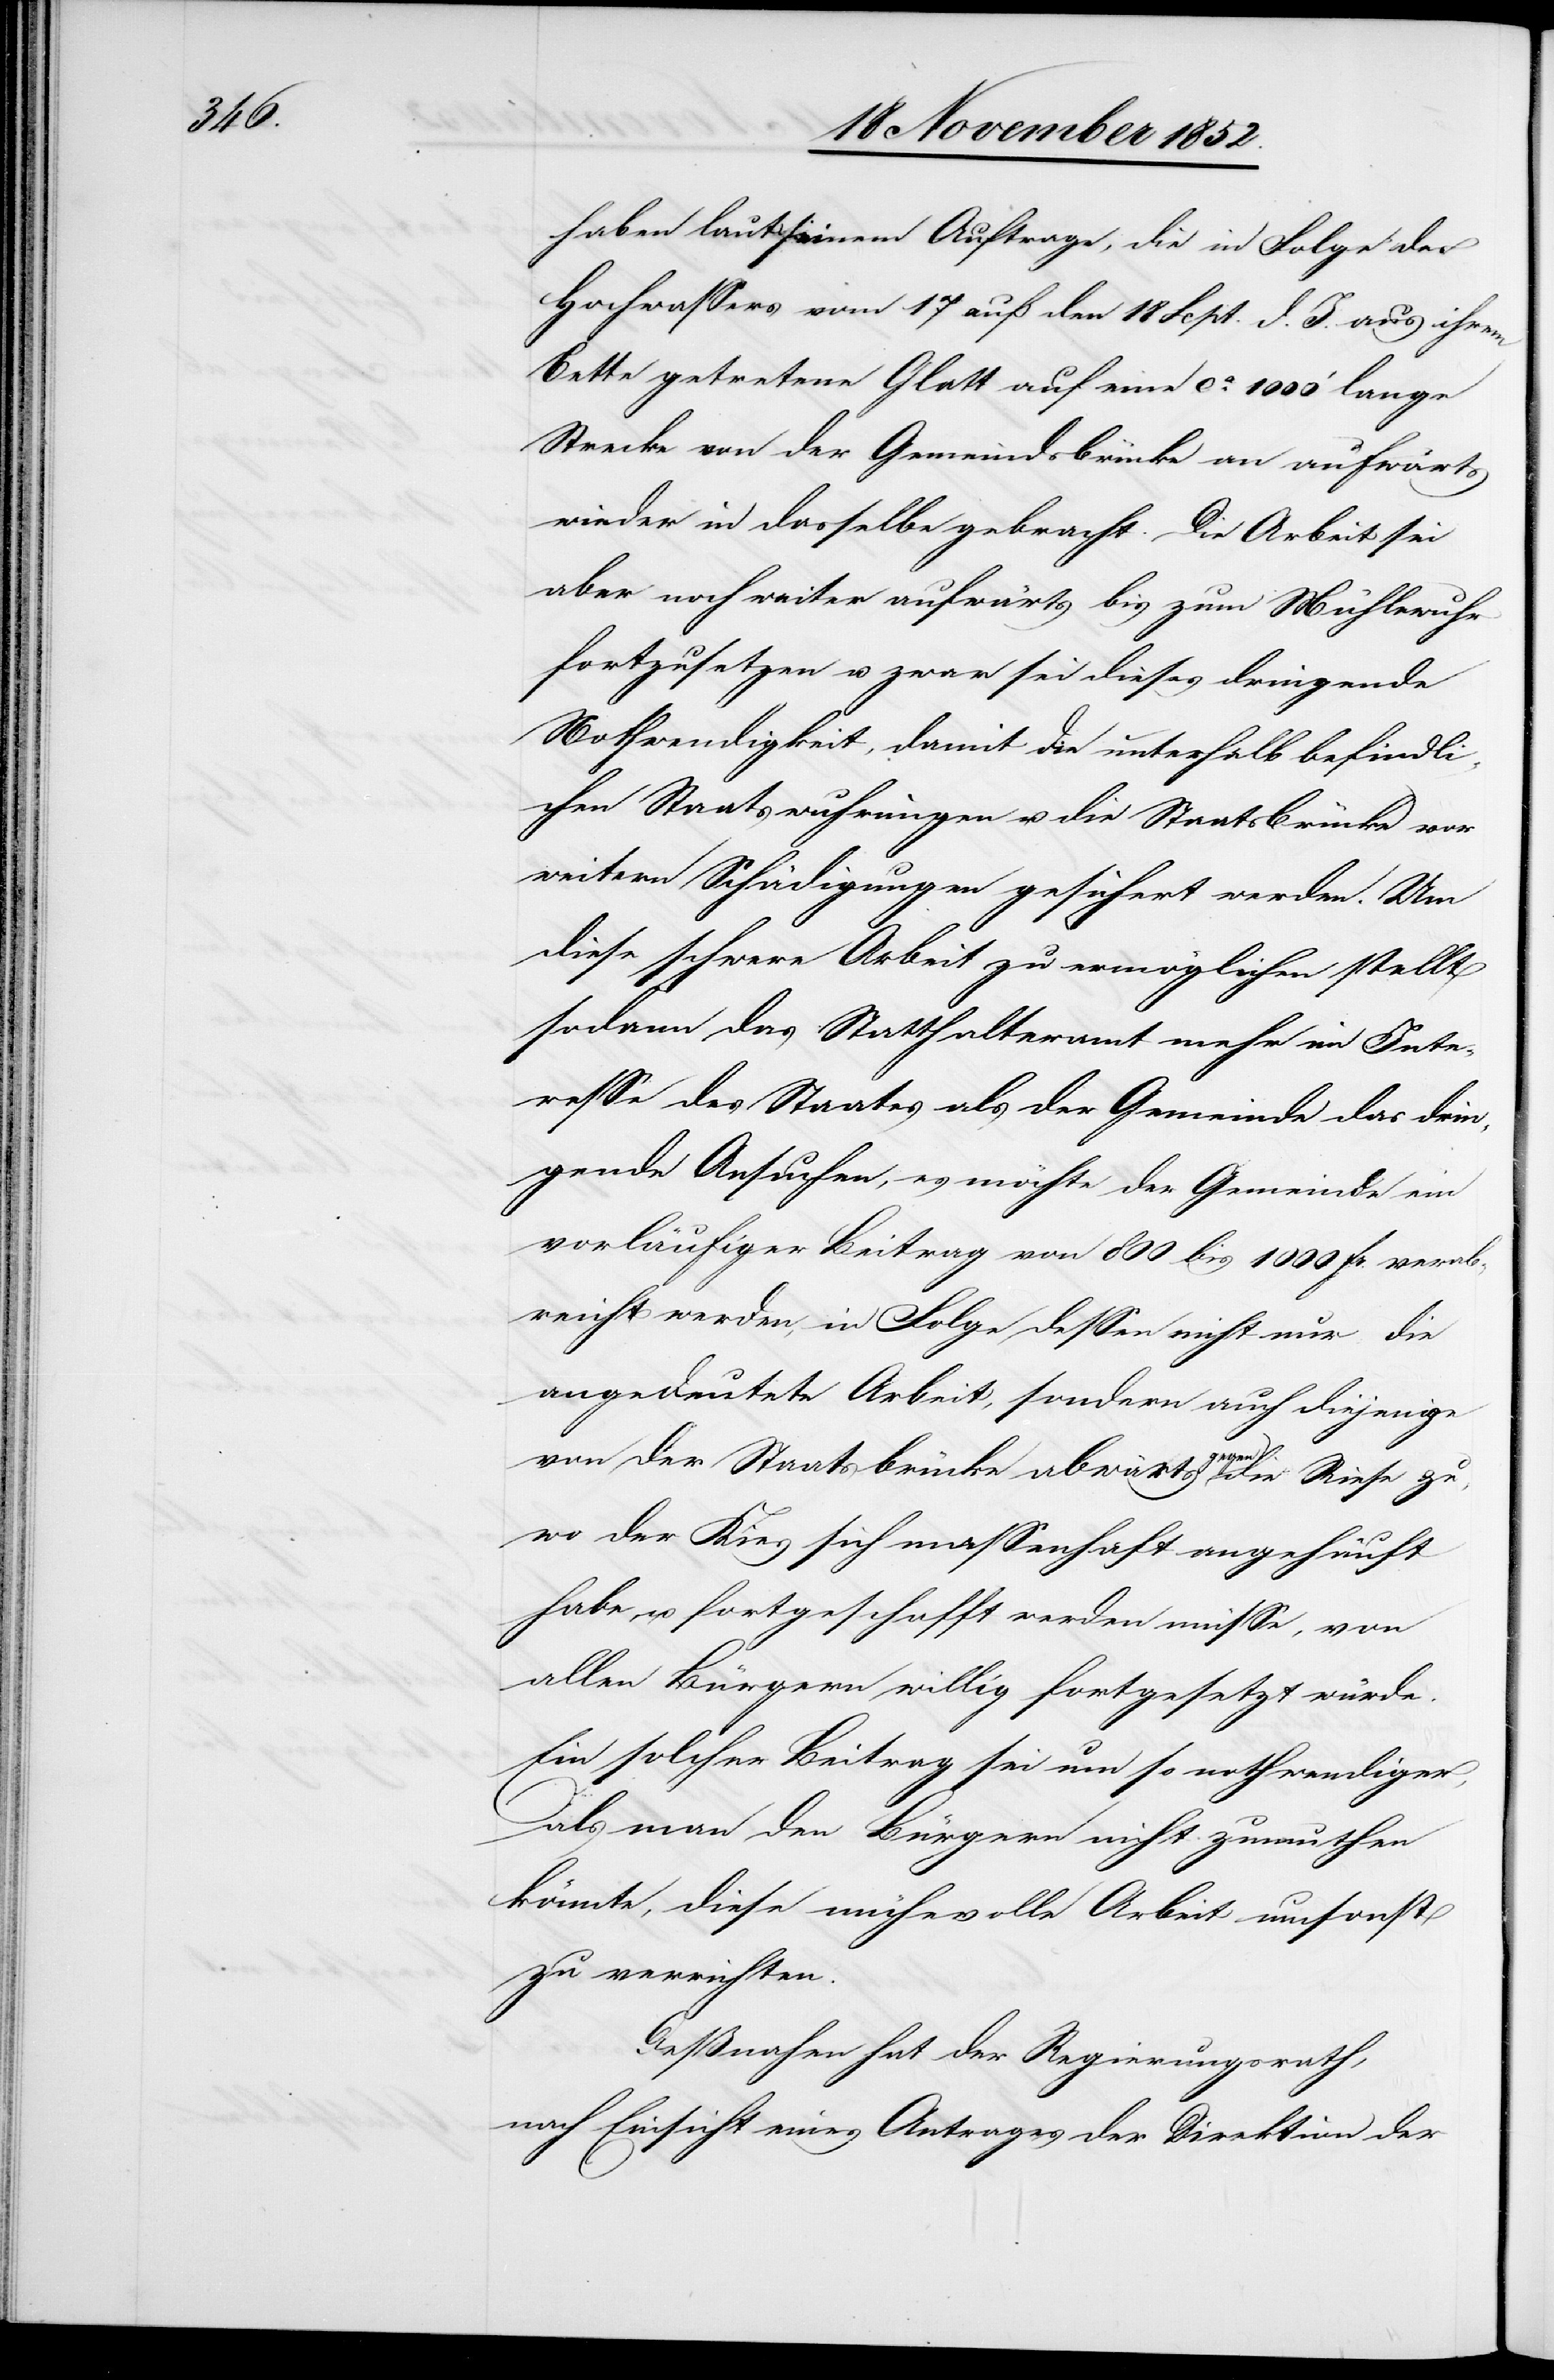
haben laut seinem Auftrage, die in Folge des
Hochwassers vom 17 auf den 18 Sept. d. J. aus ihrem
Bette getretene Glatt auf eine ca. 1000‘ lange
Strecke von der Gemeindsbrücke an aufwärts
wieder in dasselbe gebracht. Die Arbeit sei
aber noch weiter aufwärts bis zum Mühlewuhr
fortzusetzen u. zwar sei dieses dringende
Nothwendigkeit, damit die unterhalb befindli¬
chen Staatswuhrungen u. die Staatsbrücke vor
weitern Schädigungen gesichert werden. Um
diese schwere Arbeit zu ermöglichen stellt
sodann das Statthalteramt mehr im Inte¬
resse des Staates als der Gemeinde das drin¬
gende Ansuchen, es möchte der Gemeinde ein
vorläufiger Beitrag von 800 bis 1000 Fr. verab¬
reicht werden, in Folge dessen nicht nur die
angedeutete Arbeit, sondern auch diejenige
von der Staatsbrücke abwärts gegen die Riese zu,
wo der Kies sich massenhaft angehäuft
habe, u. fortgeschafft werden müsse, von
allen Bürgern willig fortgesetzt würde.
Ein solcher Beitrag sei um so nothwendiger,
als man den Bürgern nicht zumuthen
könnte, diese mühevolle Arbeit umsonst
zu verrichten.
Deßnahen hat der Regierungsrath,
nach Einsicht eines Antrages der Direktion der